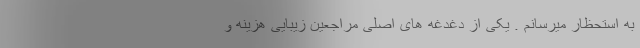
به استحظار میرسانم . یکی از دغدغه های اصلی مراجعین زیبایی هزینه و